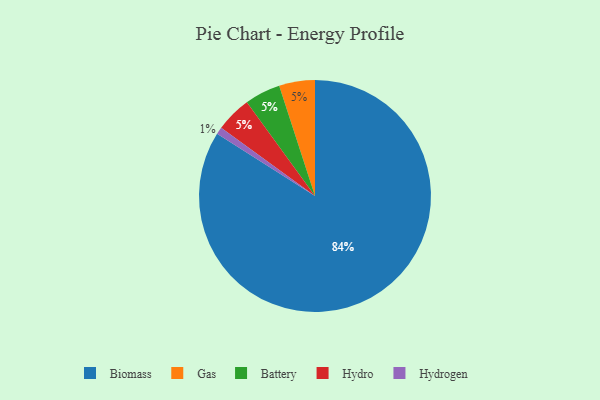
{"axis": {"x": "Category", "y": "Percentage"}, "legend": ["Battery", "Biomass", "Gas", "Hydro", "Hydrogen"], "data": [{"x": "Biomass", "y": 84, "type": "Biomass"}, {"x": "Gas", "y": 5, "type": "Gas"}, {"x": "Battery", "y": 5, "type": "Battery"}, {"x": "Hydrogen", "y": 1, "type": "Hydrogen"}, {"x": "Hydro", "y": 5, "type": "Hydro"}]}